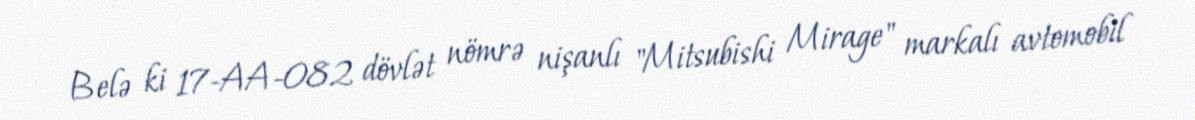
Belə ki 17-AA-082 dövlət nömrə nişanlı "Mitsubishi Mirage" markalı avtomobil